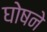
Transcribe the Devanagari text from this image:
घोषने